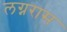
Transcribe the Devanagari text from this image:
लग्नरास